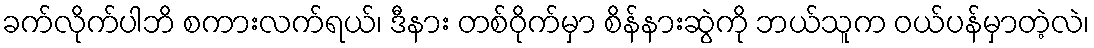
ခက်လိုက်ပါဘိ စကားလက်ရယ်၊ ဒီနား တစ်ဝိုက်မှာ စိန်နားဆွဲကို ဘယ်သူက ဝယ်ပန်မှာတဲ့လဲ၊